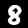
Label: 8